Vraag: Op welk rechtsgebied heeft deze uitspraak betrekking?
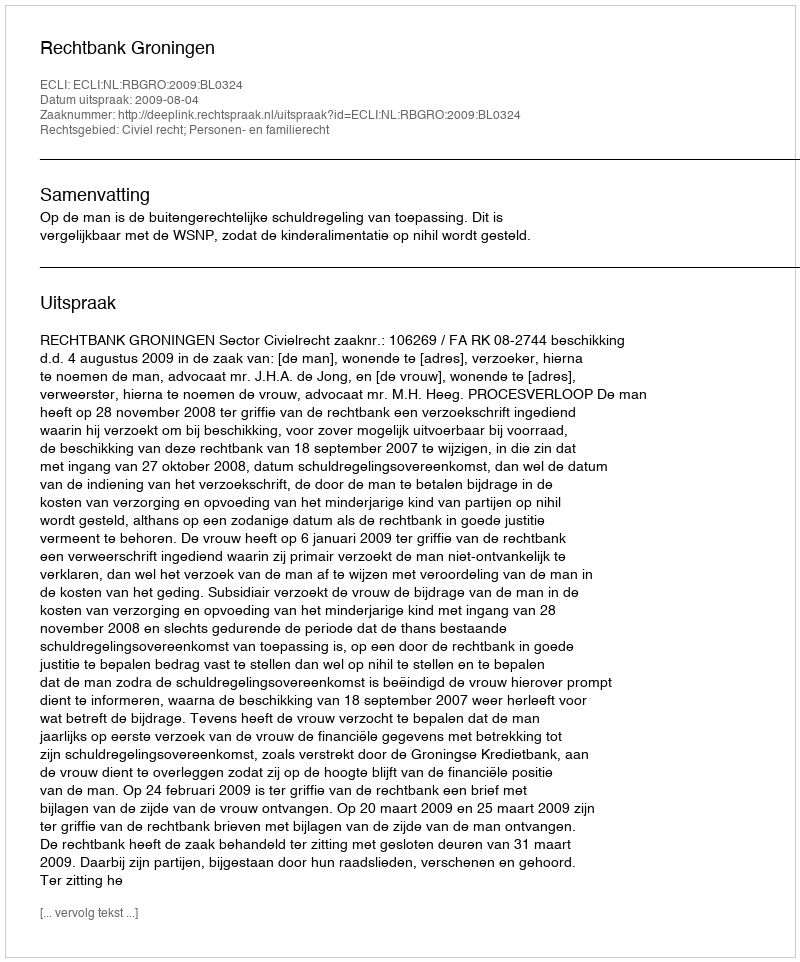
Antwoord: Civiel recht; Personen- en familierecht